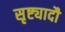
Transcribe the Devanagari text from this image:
सृष्ट्यादौ